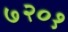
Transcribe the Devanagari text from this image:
७२०१